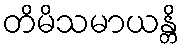
တိမိသမာယန္တိ